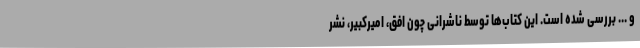
و ... بررسی شده است. این کتاب‌ها توسط ناشرانی چون افق، امیرکبیر، نشر